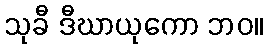
သုခီ ဒီဃာယုကော ဘဝ။